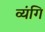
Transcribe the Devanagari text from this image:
व्यंगि